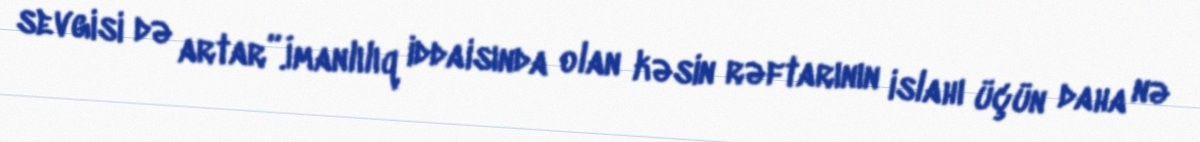
sevgisi də artar”.İmanlılıq iddaisında olan kəsin rəftarının islahı üçün daha nə